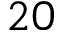
2 0